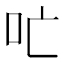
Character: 𫩔